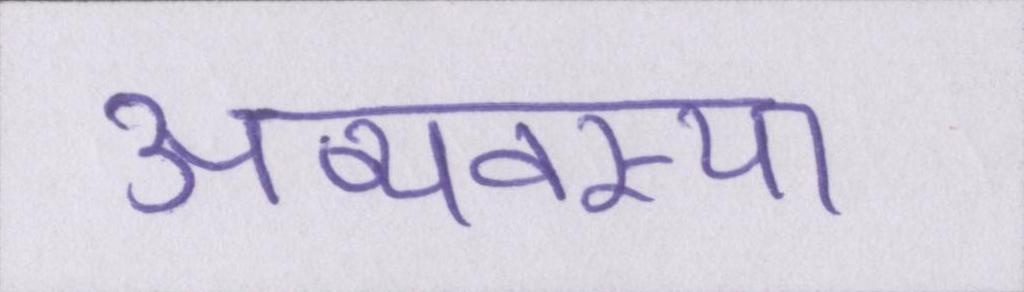
अव्यवस्था